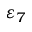
\varepsilon _ { 7 }